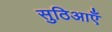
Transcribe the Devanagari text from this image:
सुठिआएँ